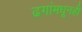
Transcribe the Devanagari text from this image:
ढगांमधूनही